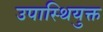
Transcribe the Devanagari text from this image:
उपास्थियुक्त